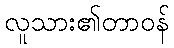
လူသား၏တာဝန်